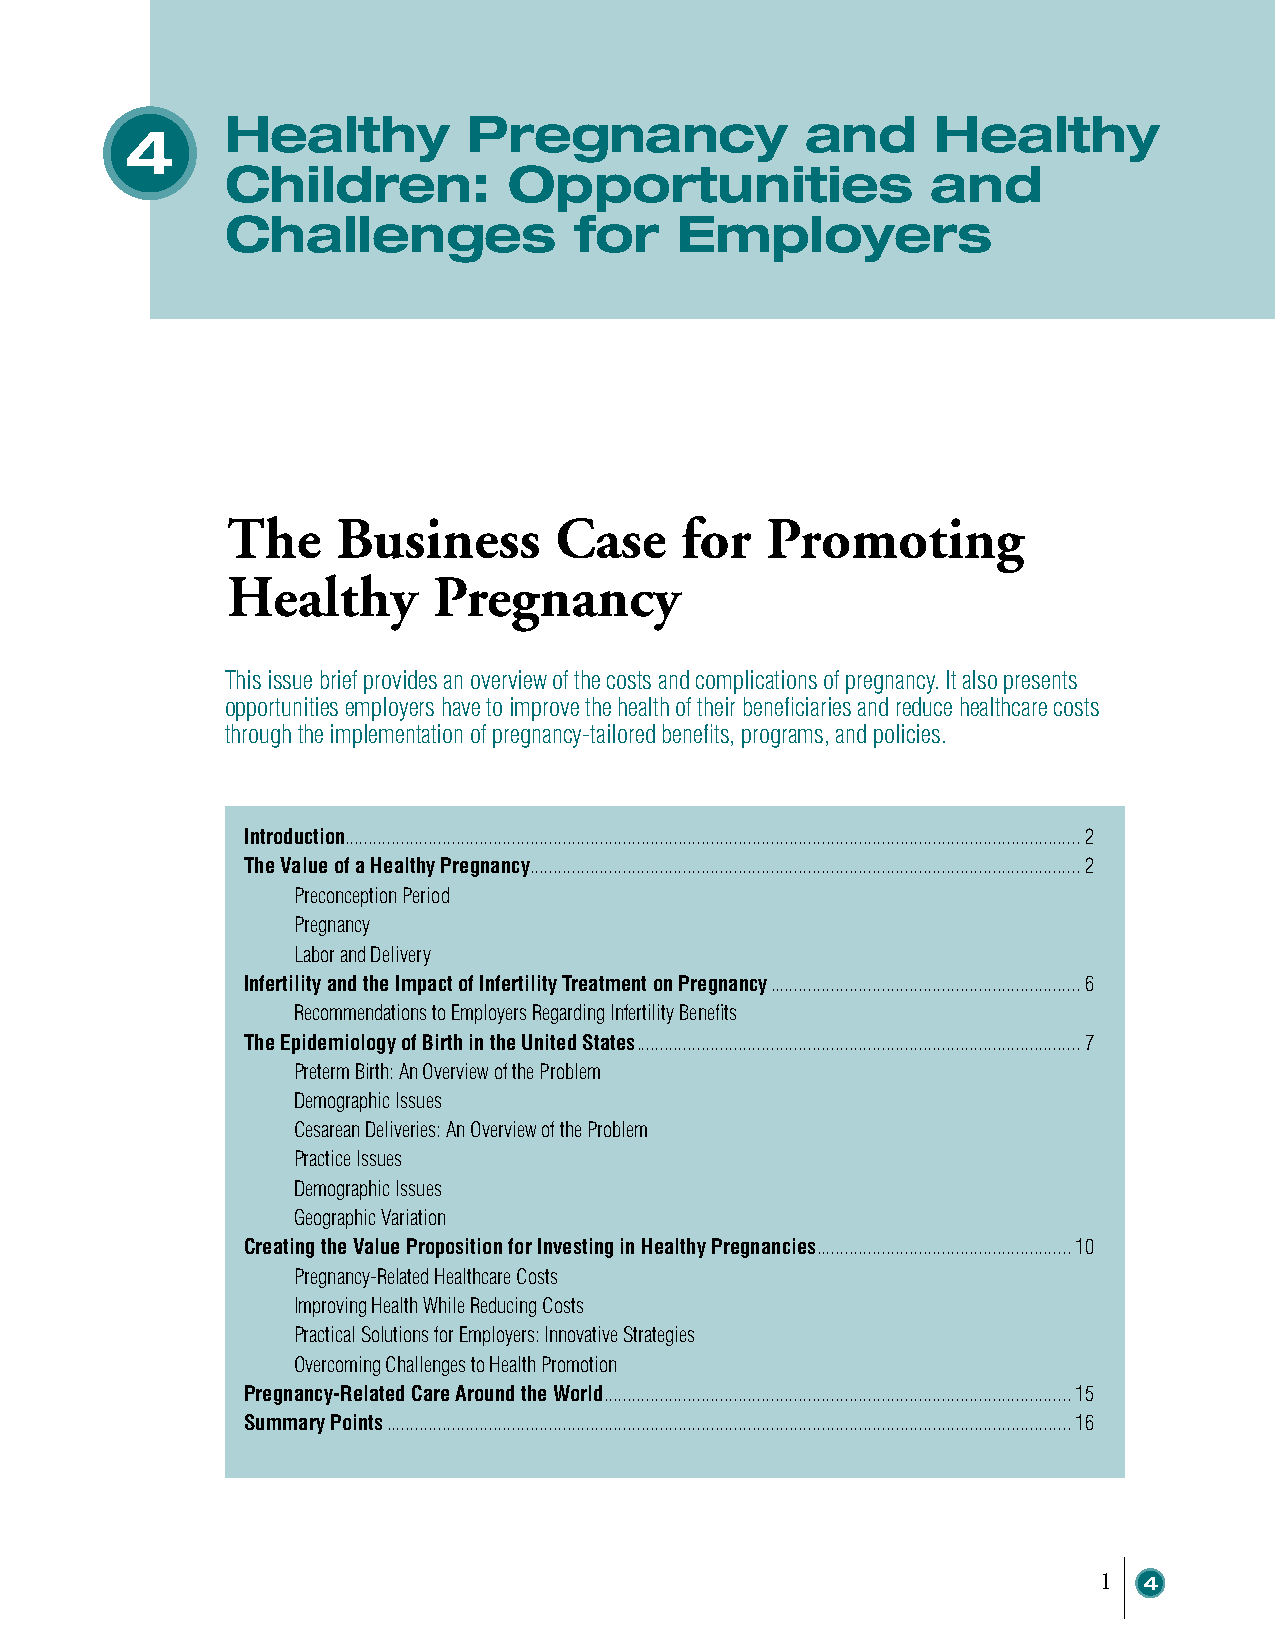
Healthy         Pregnancy             and      Healthy
 4
 Children:          Opportunities               and
 Challenges             for    Employers
 The    Business       Case    for   Promoting
 Healthy       Pregnancy
 This issue brief provides an overview of the costs and complications of pregnancy. It also presents
 opportunities employers have to improve the health of their beneficiaries and reduce healthcare costs
 through the implementation of pregnancy-tailored benefits, programs, and policies.
 Introduction...............................................................................................................................................................2
 The Value of a Healthy Pregnancy .......................................................................................................................2
 Preconception Period
 Pregnancy
 Labor and Delivery
 Infertility and the Impact of Infertility Treatment on Pregnancy ...................................................................6
 Recommendations to Employers Regarding Infertility Benefits
 The Epidemiology of Birth in the United States ................................................................................................7
 Preterm Birth: An Overview of the Problem
 Demographic Issues
 Cesarean Deliveries: An Overview of the Problem
 Practice Issues
 Demographic Issues
 Geographic Variation
 Creating the Value Proposition for Investing in Healthy Pregnancies .......................................................10
 Pregnancy-Related Healthcare Costs
 Improving Health While Reducing Costs
 Practical Solutions for Employers: Innovative Strategies
 Overcoming Challenges to Health Promotion
 Pregnancy-Related Care Around the World .....................................................................................................15
 Summary Points ....................................................................................................................................................16
 1  4